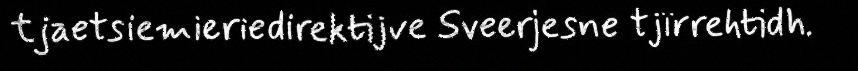
tjaetsiemieriedirektijve Sveerjesne tjïrrehtidh.